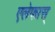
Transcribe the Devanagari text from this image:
एलेफास्